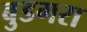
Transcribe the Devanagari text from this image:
बुडगरा